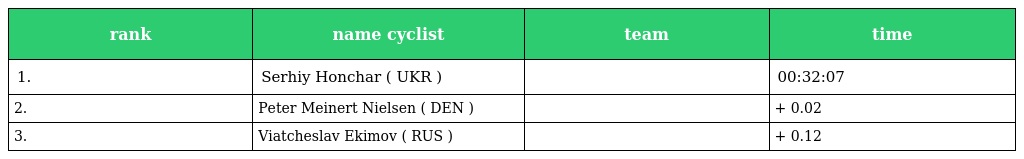
| rank | name cyclist | team | time |
 | --- | --- | --- | --- |
 | 1. | Serhiy Honchar ( UKR ) |  | 00:32:07 |
 | 2. | Peter Meinert Nielsen ( DEN ) |  | + 0.02 |
 | 3. | Viatcheslav Ekimov ( RUS ) |  | + 0.12 |